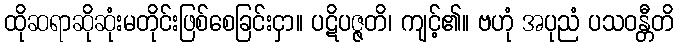
ထိုဆရာဆိုဆုံးမတိုင်းဖြစ်စေခြင်းငှာ။ ပဋိပဇ္ဇတိ၊ ကျင့်၏။ ဗဟုံ အပုညံ ပသဝန္တီတိ